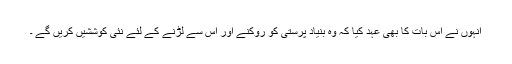
انہوں نے اس بات کا بھی عہد کیا کہ وہ بنیاد پرستی کو روکنے اور اس سے لڑنے کے لئے نئی کوششیں کریں گے ۔